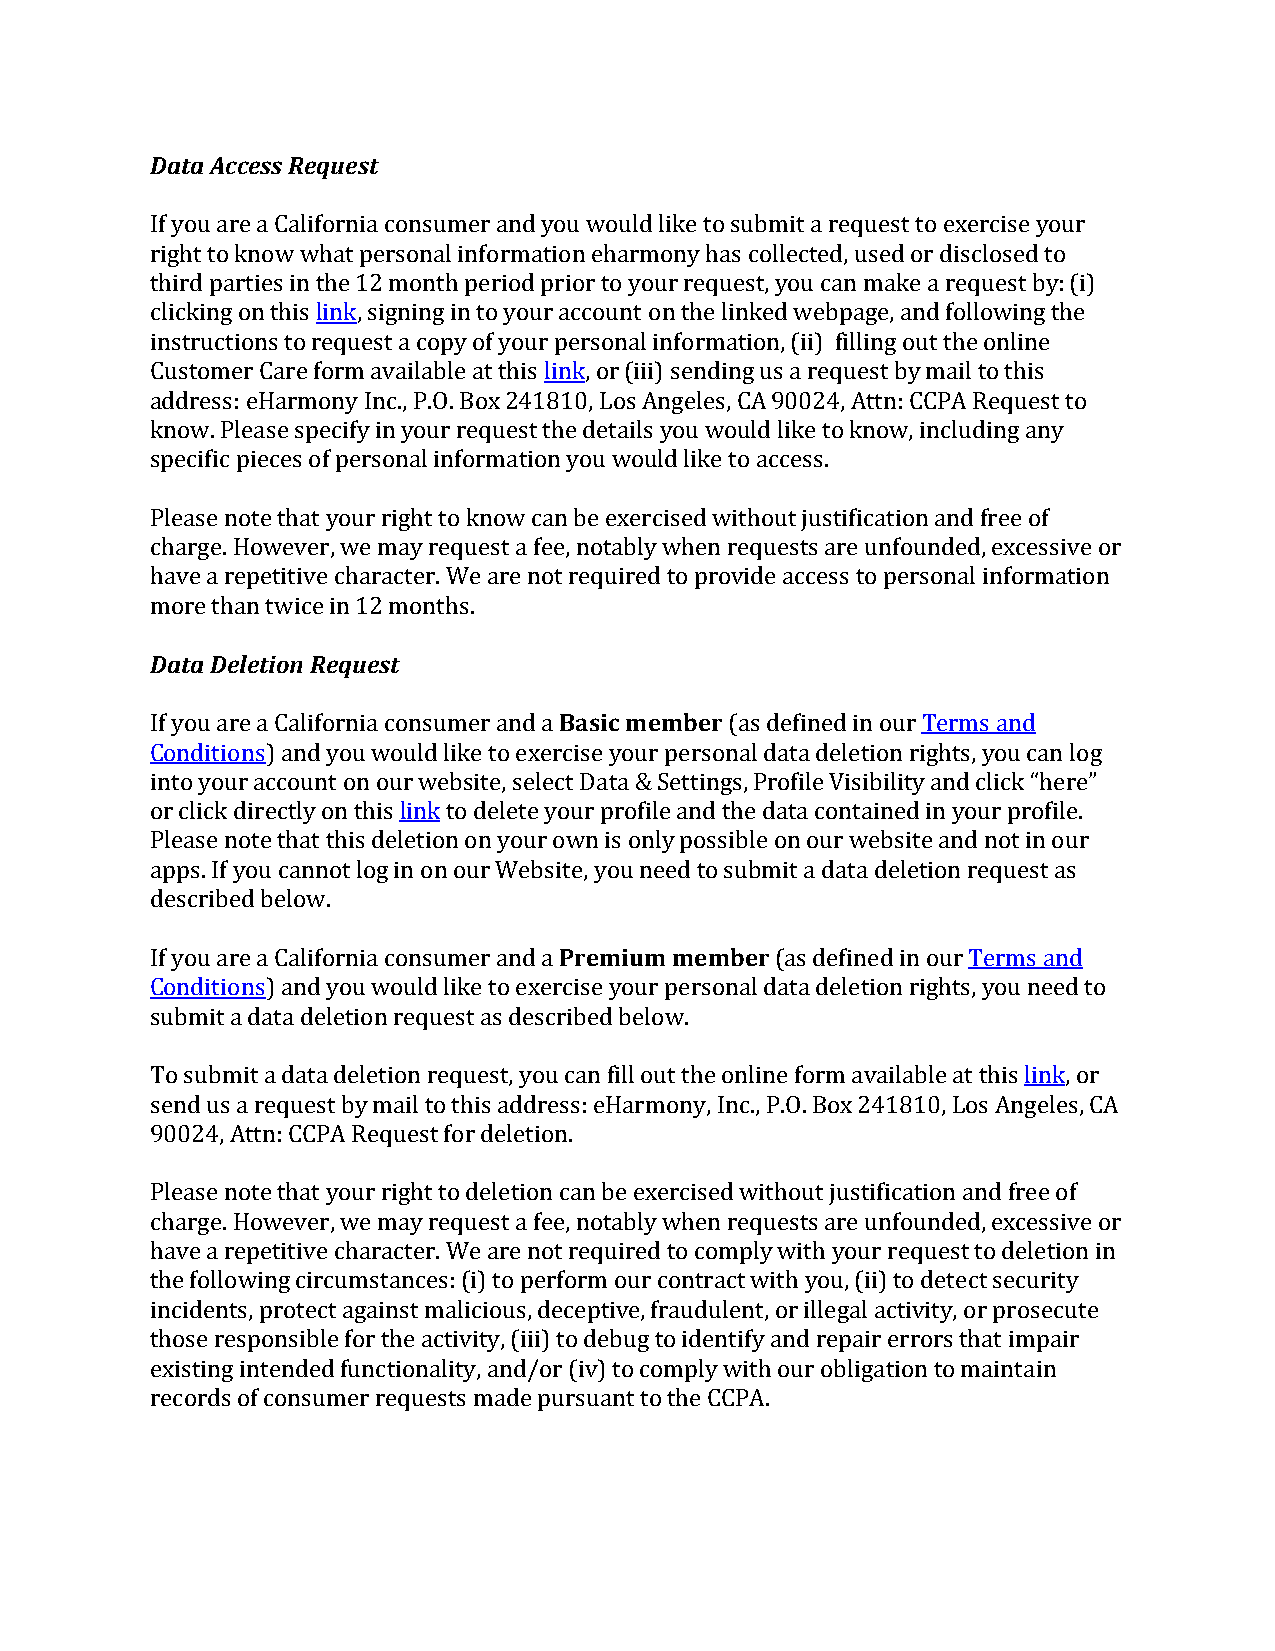
Data Access Request
 If you are a California consumer and you would like to submit a request to exercise your
 right to know what personal information eharmony has collected, used or disclosed to
 third parties in the 12 month period prior to your request, you can make a request by: (i)
 clicking on this link, signing in to your account on the linked webpage, and following the
 instructions to request a copy of your personal information, (ii) filling out the online
 Customer Care form available at this link, or (iii) sending us a request by mail to this
 address: eHarmony Inc., P.O. Box 241810, Los Angeles, CA 90024, Attn: CCPA Request to
 know. Please specify in your request the details you would like to know, including any
 specific pieces of personal information you would like to access.
 Please note that your right to know can be exercised without justification and free of
 charge. However, we may request a fee, notably when requests are unfounded, excessive or
 have a repetitive character. We are not required to provide access to personal information
 more than twice in 12 months.
 Data Deletion Request
 If you are a California consumer and a Basic member (as defined in our Terms and
 Conditions) and you would like to exercise your personal data deletion rights, you can log
 into your account on our website, select Data & Settings, Profile Visibility and click “here”
 or click directly on this link to delete your profile and the data contained in your profile.
 Please note that this deletion on your own is only possible on our website and not in our
 apps. If you cannot log in on our Website, you need to submit a data deletion request as
 described below.
 If you are a California consumer and a Premium member (as defined in our Terms and
 Conditions) and you would like to exercise your personal data deletion rights, you need to
 submit a data deletion request as described below.
 To submit a data deletion request, you can fill out the online form available at this link, or
 send us a request by mail to this address: eHarmony, Inc., P.O. Box 241810, Los Angeles, CA
 90024, Attn: CCPA Request for deletion.
 Please note that your right to deletion can be exercised without justification and free of
 charge. However, we may request a fee, notably when requests are unfounded, excessive or
 have a repetitive character. We are not required to comply with your request to deletion in
 the following circumstances: (i) to perform our contract with you, (ii) to detect security
 incidents, protect against malicious, deceptive, fraudulent, or illegal activity, or prosecute
 those responsible for the activity, (iii) to debug to identify and repair errors that impair
 existing intended functionality, and/or (iv) to comply with our obligation to maintain
 records of consumer requests made pursuant to the CCPA.